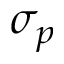
\sigma _ { p }